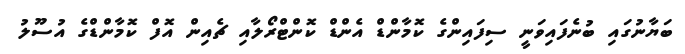
ބަޔާނުގައި ބުނެފައިވަނީ ސިފައިންގެ ކޮމާންޑް އެންޑް ކޮންޓްރޯލާއި ޗެއިން އޮފް ކޮމާންޑްގެ އުސޫލު